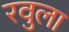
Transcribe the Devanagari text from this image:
रवुला